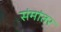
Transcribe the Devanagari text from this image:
संमांतर